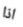
اذا